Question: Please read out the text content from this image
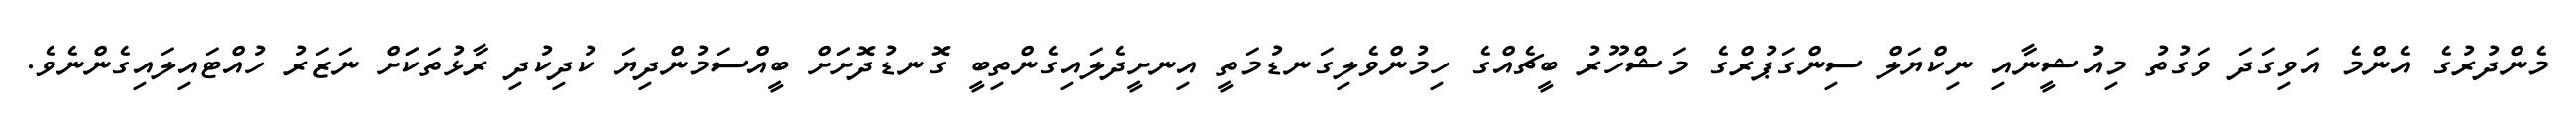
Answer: މެންދުރުގެ އެންމެ އަވިގަދަ ވަގުތު މިއުޝީނާއި ނިކްޔަލް ސިންގަޕުރްގެ މަޝްހޫރު ބީޗެއްގެ ހިމުންވެލިގަނޑުމަތީ އިނށީދެލައިގެންތިބީ ގޮނޑުދޮށަަށް ބީއްސަމުންދިޔަ ކުދިކުދި ރާޅުތަކަަށް ނަޒަރު ހުއްޓައިލައިގެންނެވެ.